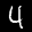
Label: 4